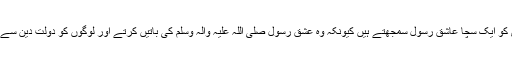
وہ ڈاکٹر طاہرالقادری کو ایک سچا عاشق رسول سمجھتے ہیں کیونکہ وہ عشقِ رسول صلی اللہ علیہ والہ وسلم کی باتیں کرتے اور لوگوں کو دولتِ دین سے بہرہ یاب کرتے ہیں۔